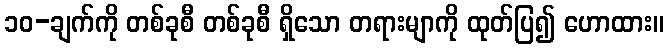
၁၀-ချက်ကို တစ်ခုစီ တစ်ခုစီ ရှိသော တရားမျာကို ထုတ်ပြ၍ ဟောထား။